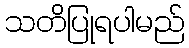
သတိပြုရပါမည်